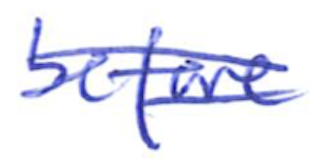
Text: before
Cross-out: double-line
Writing tool: ballpoint